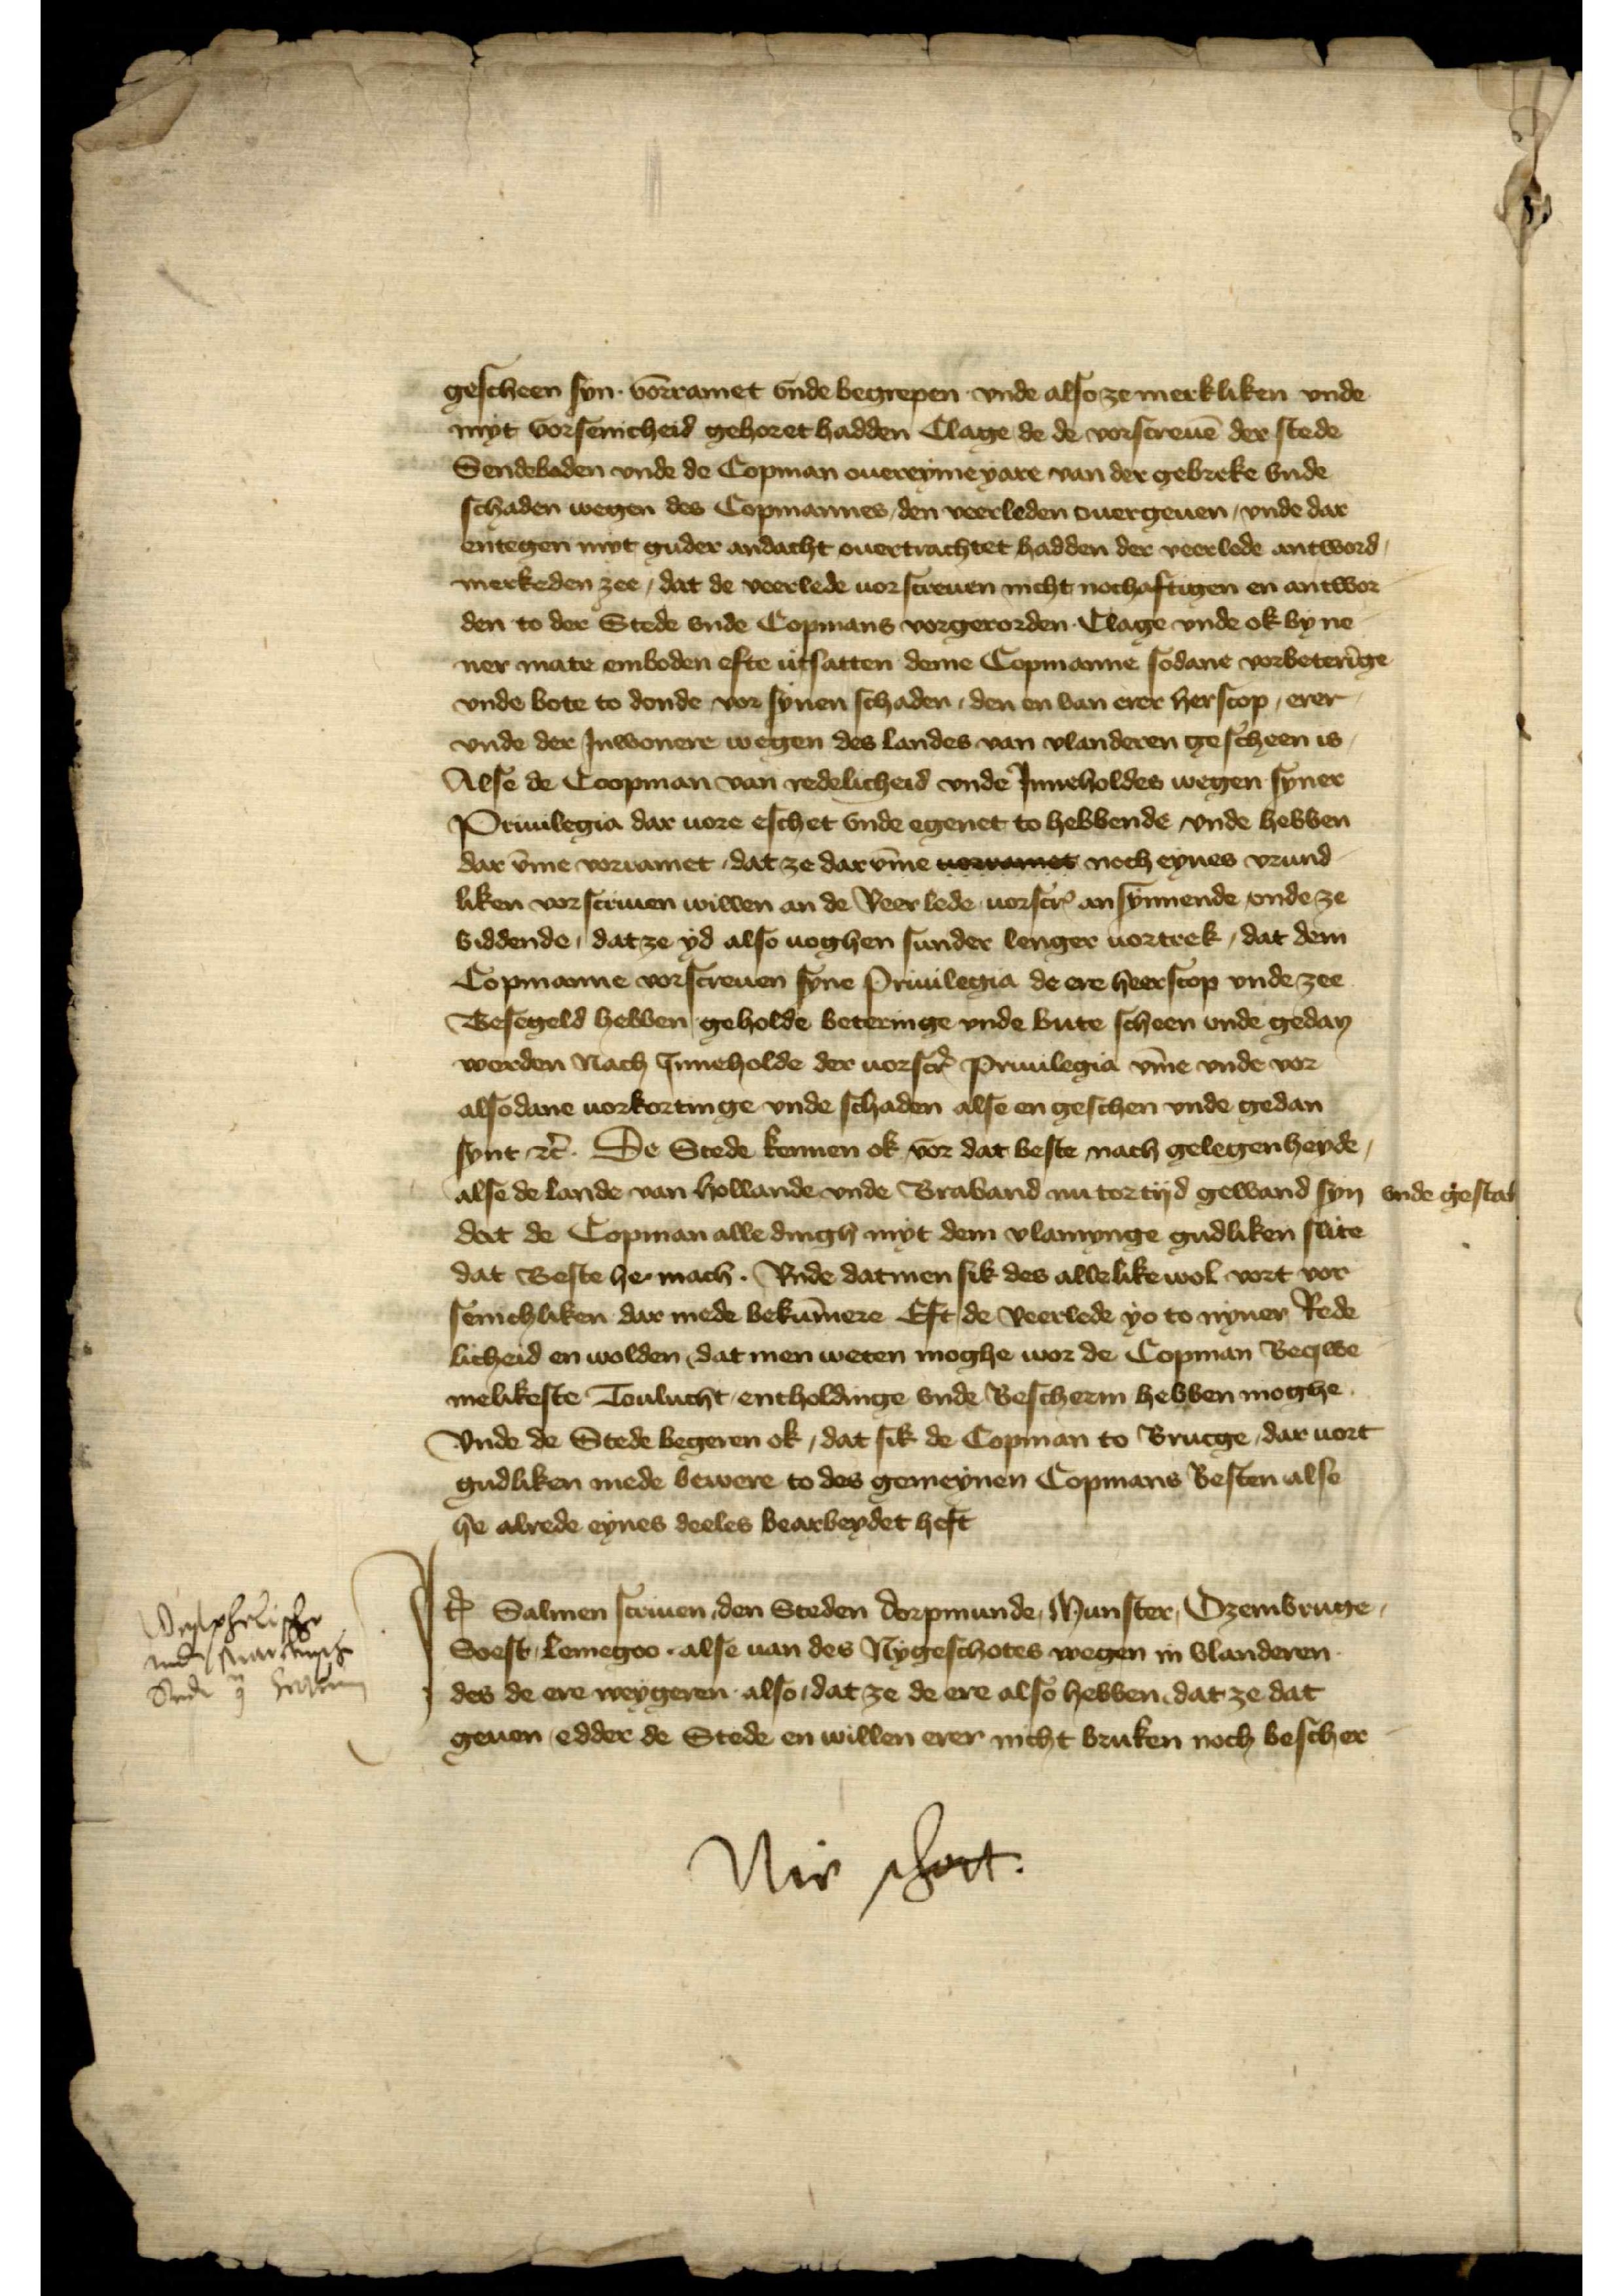
gescheen syn vorramet vnde begrepen vnde also ze merkliken vnde
myt vorsenicheid gehoret hadden Clage de de vorscreuē der stede 
Sendeboden vnde de Copman ouereymeyare van der gebreke vnde
schaden wegen des Copmannes den veerleden ouergeuen, vnde dar
entegen myt guder andacht ouertrachtet hadden der veerlede antword
merkeden zee, dat de verlede vorscreuen nicht nochaftigen en antwor¬
den to der Stede vnde Copmans vorgerorden Clage vnde ok byn ne¬
ner mate emboden efte utsatten deme Copmanne sodane vorbeterīge 
vnde bote to donde vor synen schaden, den en van erer herscop erer
vnde der Jnwonere wegen des landes van Vlanderen gescheen is
Alse de Coopman van redelicheid vnde Jnneholdes wegen syner
Privilegia dar uore esschet vnde egenet to hebbende vnde hebben
dar v̄me vorramet, dat ze dar v̄me normanes noch eynes vrund¬ 
liken vorscriuen willen an de veer lede vorscrꝬ an synnende vnde ze 
biddende, dat ze yd also uoghen sunder lenger uorteek, dat dem
Copmanne vorscreuen syne Privilegia de ere heerscop vnde zee
Besegeld hebben geholde beteringe vnde bute scheen vnde gedan
werden nach Jnneholde der vorscrꝬ priuilegia v̄me vnde vor 
alsodane vorkortinge vnde schaden alse en geschen vnde gedan
synt et̉. De Stede kennen ok vor dat beste nach gelegenheyde, 
alse de lande van Hollande vnde Braband nu tortyd gewand syn vnde gestad
dat de Copman alledingh myt de Vlamynge gudliken slite 
dat Beste her mach. Vnde datmen sik des allelikewol vort vor¬
senichliken dar mede bekūmere Eft de veerlede ys to nyner Rede¬ 
licheid en wolden, dat men weten moghe wor de Copman Beqwe¬
melikeste Toulucht entholdinge vnde bescherm hebben moghe
Vnde de Stede begeren ok, dat sik de Copman to Brucge, dar uort
gudliken mede bewere to des gemeynen Copmans Besten also 
he alrede eynes deeles bearbeydet heft

Jꝷ Salmen scriuen den Steden Dorpmunde, Munster, Ozembruge, 
Soest, Lemegoo alse van des Nygeschotes wegen in Vlanderen
des de ere weygeren also, dat ze de ere also hebben, dat ze dat
geuen, edder de Stede en willen erer nicht bruken noch bescher

vnde van myt
Stad prake

Nir schott